Note on the mental hospitals in Burma - 1925-1940
Year: 1925
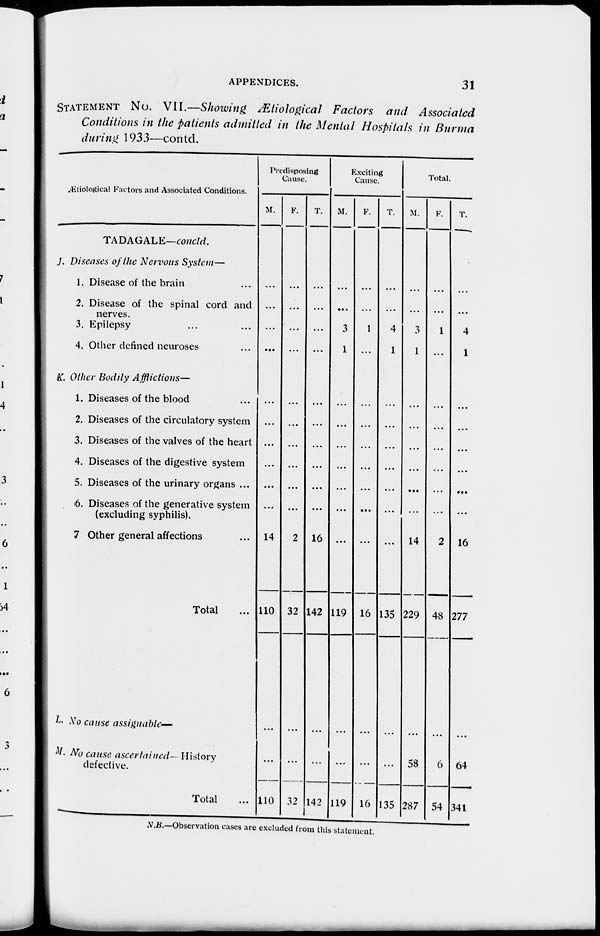
APPENDICES.
31
STATEMENT No. VII.—Showing Ætiological Factors and Associated
Conditions in the patients admitted in the Mental Hospitals in Burma
during 1933—contd.
Ætiological Factors and Associated Conditions.
TADAGALE—concld.
J. Diseases of the Nervous System—
1. Disease of the brain ...
2. Disease of the spinal cord and
nerves.
3. Epilepsy ......
4. Other defined neuroses ...
K. Other Bodily Afflictions—
1. Diseases of the blood
2. Diseases of the circulatory system
3. Diseases of the valves of the heart
4. Diseases of the digestive system
5. Diseases of the urinary organs ...
6. Diseases of the generative system
(excluding syphilis).
7 Other general affections ...
Total ...
L.No cause assignable—
M. No cause ascertained- History
defective.
Total ...
Predisposing
Cause.
M.
...
...
...
...
...
...
...
...
...
...
...
14
110
...
110
F.
...
...
...
...
...
...
...
...
...
...
...
2
32
...
32
T.
...
...
...
...
...
...
...
...
...
...
...
16
142
...
142
Exciting
Cause.
M.
...
...
...
3
1
...
...
...
...
...
...
119
...
119
F.
...
...
...
1
...
...
...
...
...
...
...
...
16
...
16
T.
...
...
...
4
1
...
...
...
...
...
...
...
135
...
135
Total.
M.
...
...
...
3
1
...
...
...
...
...
...
14
229
58
287
F.
...
...
...
1
...
...
...
...
...
...
...
2
48
6
54
T.
...
...
...
4
1
...
...
...
...
...
16
277
64
341
N.B.—Observation cases are excluded from this statement.